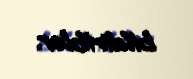
bildiriblər.